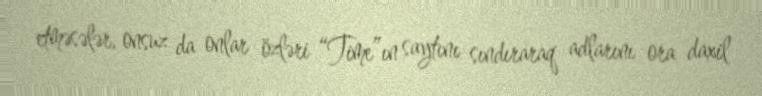
etməsələr, onsuz da onlar özləri “Time”ın saytını sındıraraq adlarını ora daxil